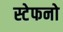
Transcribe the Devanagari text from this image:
स्टेफनो